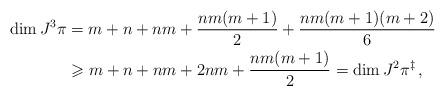
LaTeX: \begin{align*}\dim J^3\pi &= m + n + nm + \frac{nm(m+1)}{2} + \frac{nm(m+1)(m+2)}{6} \\&\geqslant m + n + nm + 2nm + \frac{nm(m+1)}{2} = \dim J^2\pi^\ddagger \, ,\end{align*}